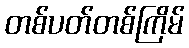
တစ်ပတ်တစ်ကြိမ်